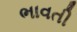
ભાવતી